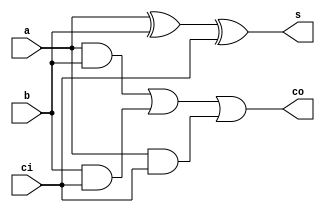
`timescale 1ns / 1ps
//////////////////////////////////////////////////////////////////////////////////
// Company: 
// Engineer: 
// 
// Design Name: 
// Module Name:    adder_1bit 
// Project Name: 
// Target Devices: 
// Tool versions: 
// Description: 
//
// Dependencies: 
//
// Revision: 
// Revision 0.01 - File Created
// Additional Comments: 
//
//////////////////////////////////////////////////////////////////////////////////
module adder_1bit(
input a,
input b,
input ci,
output s,
output co
);

// Instantiate the module

wire s1, c1, c2, c3;
and 	(c1, a, b),
		(c2, b, ci),
		(c3, a, ci);
		
xor 	(s1, a, b),
		(s, s1, ci);
		
or	 (co, c1, c2, c3);

endmodule